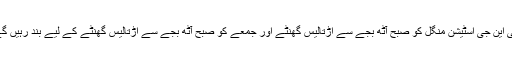
سی این جی اسٹیشن منگل کو صبح آٹھ بجے سے اڑتالیس گھنٹے اور جمعے کو صبح آٹھ بجے سے اڑتالیس گھنٹے کے لیے بند رہیں گے۔